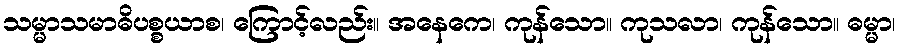
သမ္မာသမာဓိပစ္စယာစ၊ ကြောင့်လည်း။ အနေကေ၊ ကုန်သော။ ကုသလာ၊ ကုန်သော။ ဓမ္မာ၊